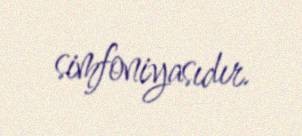
simfoniyasıdır.